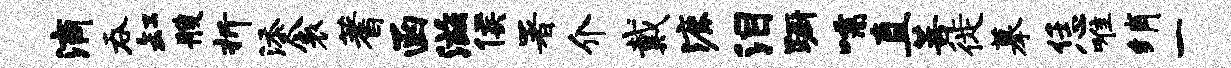
滴吞缸艘折添衾蓍函滋侯署介戴漉泪蹰嚅直菩徙摹恁唯绡一